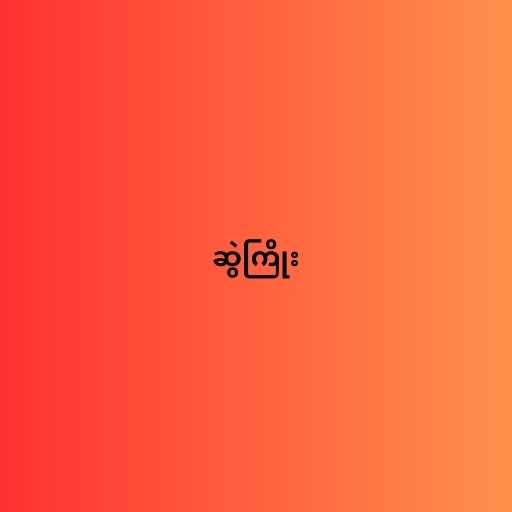
ဆွဲကြိုး